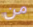
من